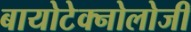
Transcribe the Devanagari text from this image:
बायोटेक्नोलोजी